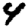
Digit: 4